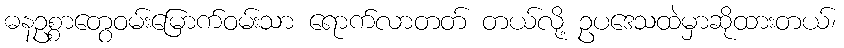
ဓနဥစ္စာတွေဝမ်းမြောက်ဝမ်းသာ ရောက်လာတတ် တယ်လို့ ဥပဒေသထဲမှာဆိုထားတယ်၊